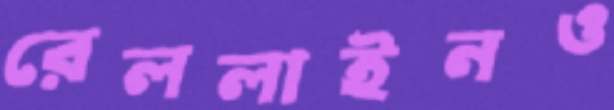
রেললাইনও